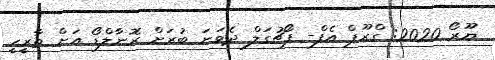
ޔޫރޯ 2020: ގްރޫޕް އެފް- ޕޯޗުގަލް ދެވަނަ ބުރަށް ރޮނާލްޑޯ އަށް ތާރީހީ